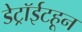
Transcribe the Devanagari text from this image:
डेट्रॉईटहून